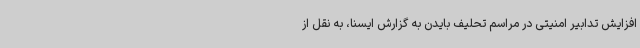
افزایش تدابیر امنیتی در مراسم تحلیف بایدن به گزارش ایسنا، به نقل از